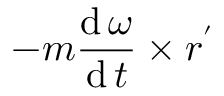
- m { \frac { \operatorname { d } { \boldsymbol { \omega } } } { \operatorname { d } t } } \times { \boldsymbol { r ^ { \prime } } }